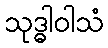
သုဒ္ဓါဝါသံ